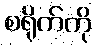
စရိုက်ကို